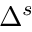
\Delta ^ { s }